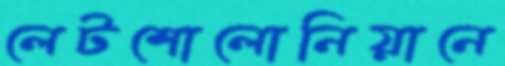
লেটশোলোনিয়ানে